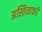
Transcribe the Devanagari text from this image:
अस्तित्वाकडे